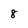
Character: 8